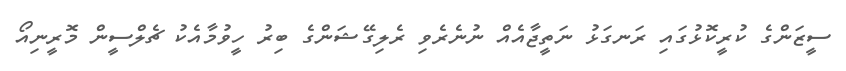
ސީޒަންގެ ކުރީކޮޅުގައި ރަނގަޅު ނަތީޖާއެއް ނުނެރެވި ރެލިގޭޝަންގެ ބިރު ހީވުމާއެކު ޗެލްސީން މޮރީނިއޯ